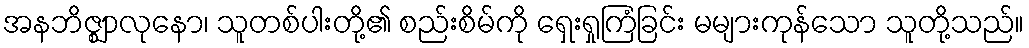
အနဘိဇ္ဈာလုနော၊ သူတစ်ပါးတို့၏ စည်းစိမ်ကို ရှေးရှုကြံခြင်း မများကုန်သော သူတို့သည်။